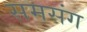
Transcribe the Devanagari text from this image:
समसंग